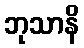
ဘုသာနိ